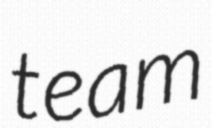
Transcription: team